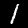
Label: 1